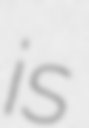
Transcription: is